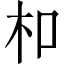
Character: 𪱳